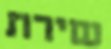
שירת